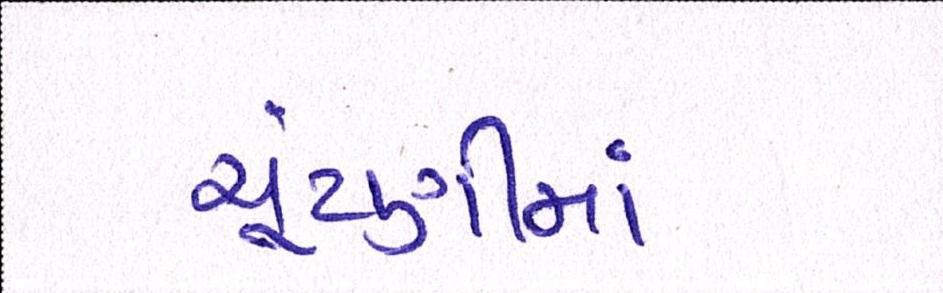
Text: ચૂંટણીમાં